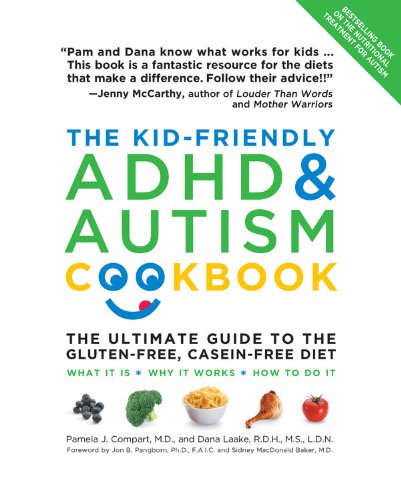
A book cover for The Kid-Friendly ADHD & Autism Cookbook, Updated and Revised: The Ultimate Guide to the Gluten-Free, Casein-Free Diet; Pamela Compart; Cookbooks, Food & Wine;